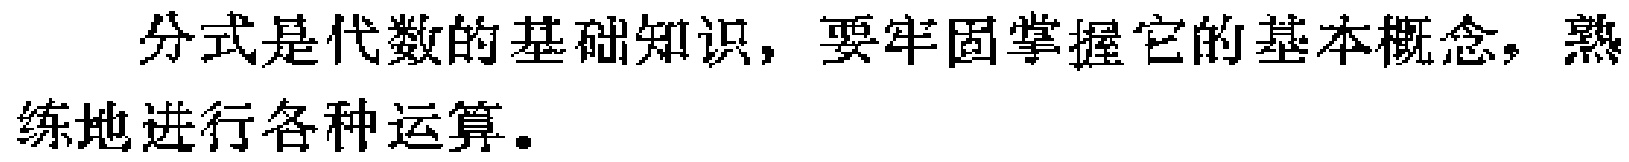
分式是代数的基础知识，要牢固掌握它的基本概念，熟练地进行各种运算。